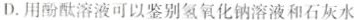
D.用酚酞溶液可以鉴别氢氧化钠溶液和石灰水